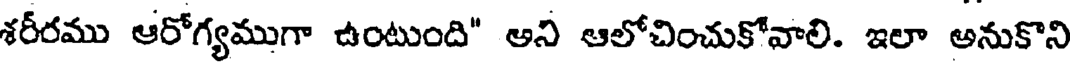
శరీరము ఆరోగ్యముగా ఉంటుంది" అని ఆలోచించుకోవాలి. ఇలా అనుకొని